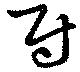
尉